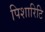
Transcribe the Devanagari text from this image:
पिशारिटि